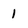
Character: 1